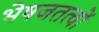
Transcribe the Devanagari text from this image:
भेषजतत्वों